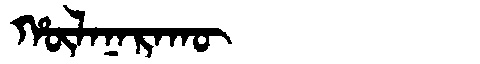
Manchu: ᡥᡡᠯᠠᠨᠠᡵᠠᡴᡡ
Romanization: HŪLANARAKŪ